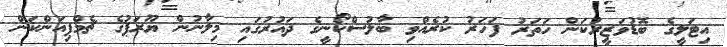
އިޓަލީގެ ބޮޑުވަޒީރުކަން ހަތަރު ފަހަރު ކުރެއްވި ބާލުސްކޯނީގެ ދައުރުގައި މިލާނުން ޔޫރަޕުގެ ޗެމްޕިއަންކަން